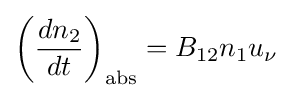
\left({\frac {dn_{2}}{dt}}\right)_{\mathrm {abs} }=B_{12}n_{1}u_{\nu }